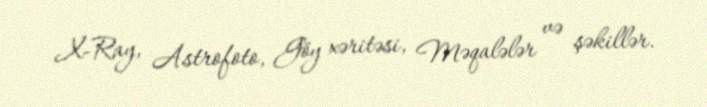
X-Ray, Astrofoto, Göy xəritəsi, Məqalələr və şəkillər.